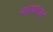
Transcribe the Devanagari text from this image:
महापातक।